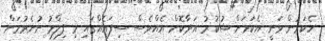
ހެކަރުން ވަނީ އެކަމަށް ޝުކުރު އަދާކޮށް އެއްވެސް ސިފައެއްގައި މި ފިލްމު ނުނެރުމަށް